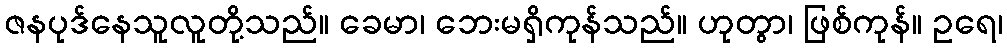
ဇနပုဒ်နေသူလူတို့သည်။ ခေမာ၊ ဘေးမရှိကုန်သည်။ ဟုတွာ၊ ဖြစ်ကုန်။ ဥရေ၊